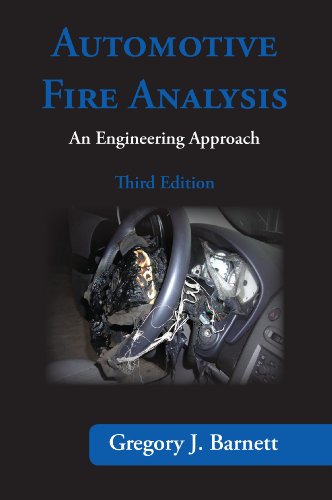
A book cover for Automotive Fire Analysis, Third Edition; Gregory J. Barnett; Law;